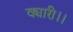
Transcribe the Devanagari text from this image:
क्यारी।।